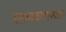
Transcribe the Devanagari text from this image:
शङ्खचक्रगदापद्माङ्क